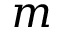
m